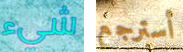
شيء أسترجع